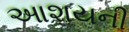
આશયની